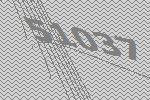
51037